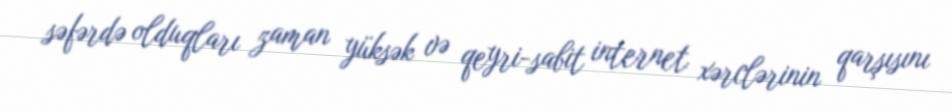
səfərdə olduqları zaman yüksək və qeyri-sabit internet xərclərinin qarşısını